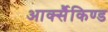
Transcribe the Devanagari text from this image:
आर्क्सैकिण्ड